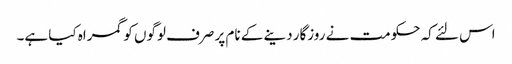
اس لئے کہ حکومت نے روزگار دینے کے نام پر صرف لوگوں کو گمراہ کیا ہے۔